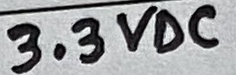
Text: 3.3VDC